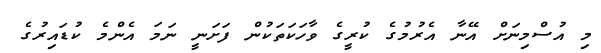
މި އުސްމިނަށް އޭނާ އެރުމުގެ ކުރީގެ ވާހަކަތަކުން ފަށަނީ ނަމަ އެންމެ ކުޑައިރުގެ